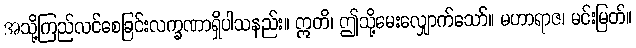
အသို့ကြည်လင်စေခြင်းလက္ခဏာရှိပါသနည်း။ ဣတိ၊ ဤသို့မေးလျှောက်သော်။ မဟာရာဇ၊ မင်းမြတ်။